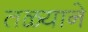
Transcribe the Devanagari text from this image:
तळ्याने